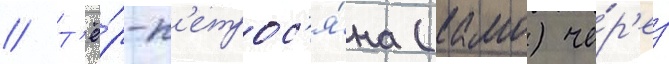
// Т'ё́р-п'етрос'я́на (камо) че́р'ез